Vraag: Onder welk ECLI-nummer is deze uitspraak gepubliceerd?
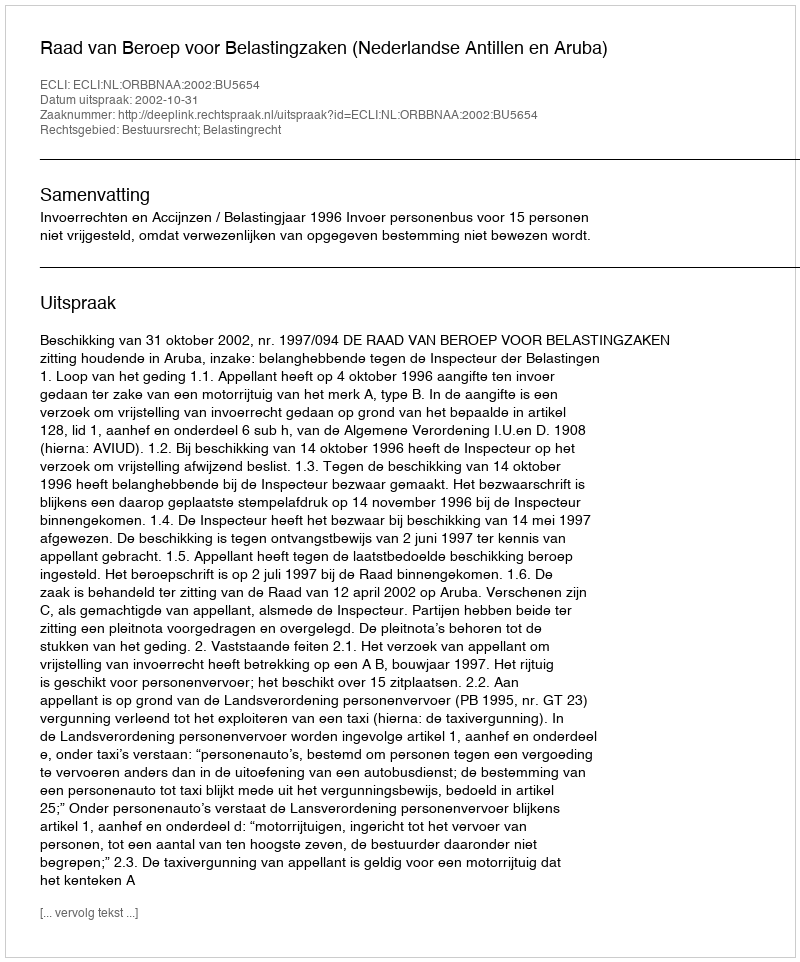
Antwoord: ECLI:NL:ORBBNAA:2002:BU5654